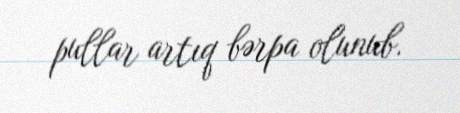
pullar artıq bərpa olunub.